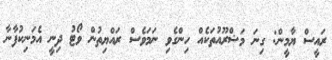
ރައީސް ޔާމީން: ގިނަ މަޝްރޫއުތަކެއް ހިންގެވި ނަމަވެސް ރައްޔިތުން ވޯޓު ދިނީ އެމަނިކުފާނާ